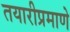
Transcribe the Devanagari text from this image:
तयारीप्रमाणे